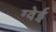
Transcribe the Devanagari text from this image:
ग्वेई